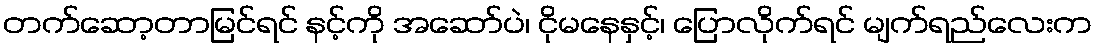
တက်ဆော့တာမြင်ရင် နင့်ကို အဆော်ပဲ၊ ငိုမနေနှင့်၊ ပြောလိုက်ရင် မျက်ရည်လေးက